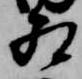
相